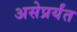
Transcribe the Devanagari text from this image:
असेप्रर्यंत